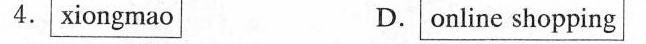
4.xiongmao D.online shopping